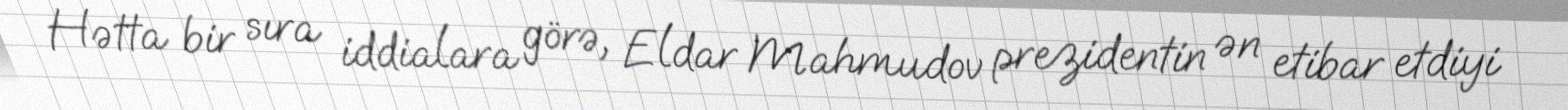
Hətta bir sıra iddialara görə, Eldar Mahmudov prezidentin ən etibar etdiyi